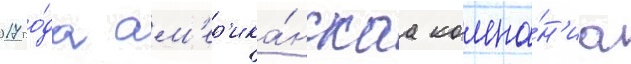
2017 го́да ам'ер'ика́нскаа компа́н'иа